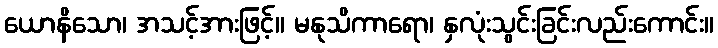
ယောနိသော၊ အသင့်အားဖြင့်။ မနုသိကာရော၊ နှလုံးသွင်းခြင်းလည်းကောင်း။